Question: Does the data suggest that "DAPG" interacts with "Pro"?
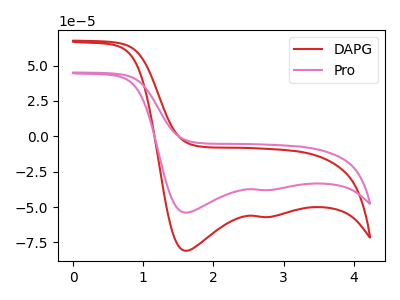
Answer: <think>The red curve "DAPG" has cathodic peaks at (1.60V, -80.95uA) (2.80V, -57.05uA). The pink curve "Pro" has cathodic peaks at (1.60V, -53.95uA) (2.80V, -38.05uA).
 All the peaks in "DAPG" have a peak in "Pro" at the same potential. Every peak in "DAPG" is higher than every peak in "Pro".</think>
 <answer>No, "DAPG" and "Pro" don't appear to be significantly different in shape</answer>
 <eval>no_change</eval>